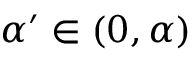
\alpha ^ { \prime } \in ( 0 , \alpha )